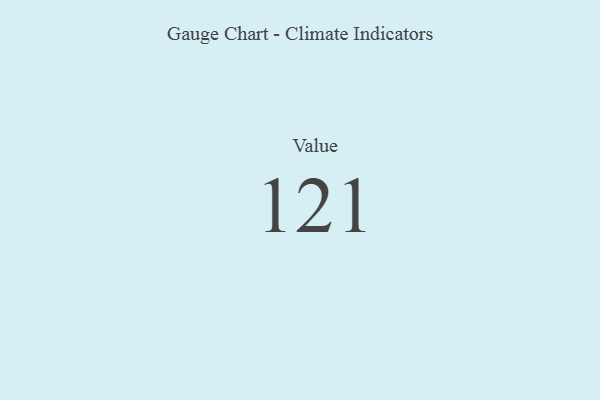
{"axis": {"x": "Metric", "y": "Value"}, "legend": [""], "data": [{"x": "Value", "y": 121, "type": ""}]}